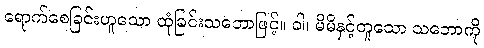
ရောက်စေခြင်းဟူသော ထုံခြင်းသဘောဖြင့်။ ဝါ၊ မိမိနှင့်တူသော သဘောကို